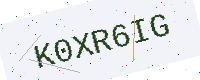
Text: K0XR6IG